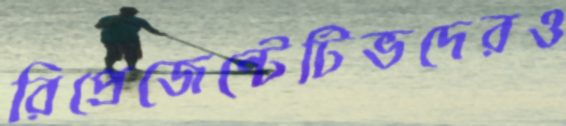
রিপ্রেজেন্টেটিভদেরও